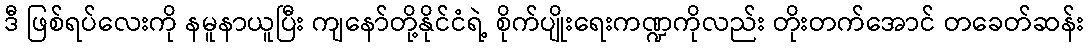
ဒီ ဖြစ်ရပ်လေးကို နမူနာယူပြီး ကျနော်တို့နိုင်ငံရဲ့ စိုက်ပျိုးရေးကဏ္ဍကိုလည်း တိုးတက်အောင် တခေတ်ဆန်း